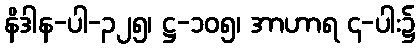
နိဒါန-ပါ-၃၂၅၊ ဋ္ဌ-၁၀၅၊ အာဟာရ ၄-ပါး၌